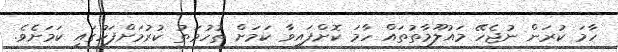
ހާމަ ކުރަން ނުޖެހޭ މައުލޫމާތުތައް ހާމަ ކޮށްފައިވާ ކަމަށް ތުހުމަތު ކުރުމަށްފަހުގައި ކަމަށެވެ.